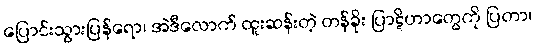
ပြောင်းသွားပြန်ရော၊ အဲဒီလောက် ထူးဆန်းတဲ့ တန်ခိုး ပြာဋိဟာတွေကို ပြတာ၊